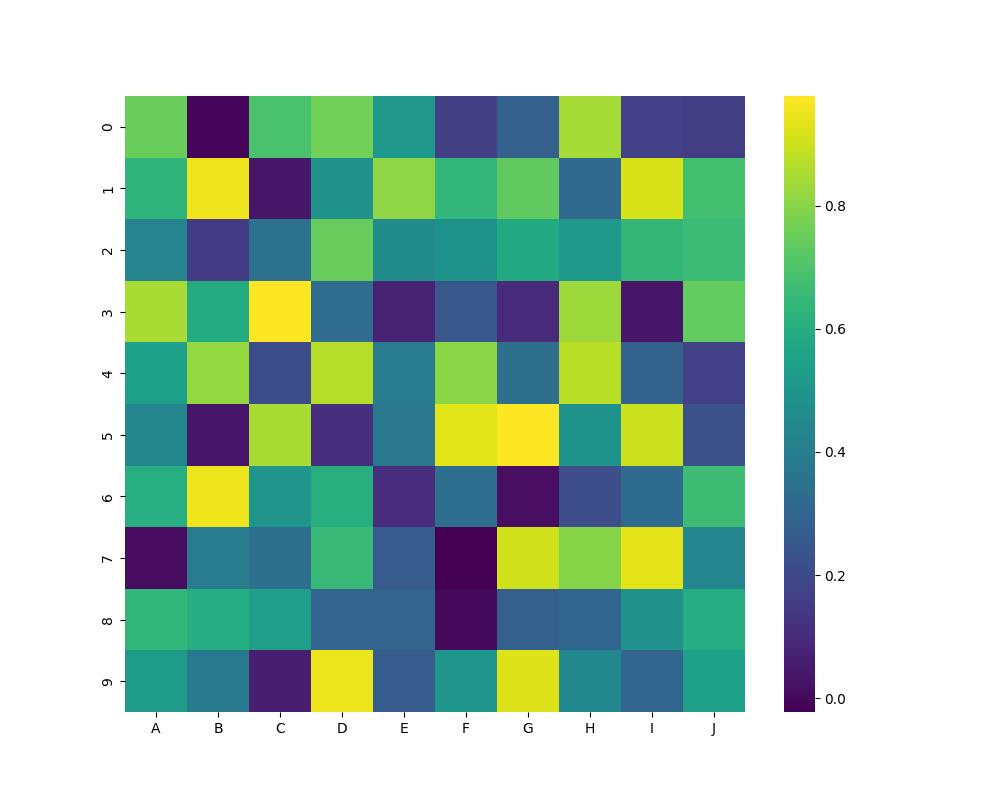
python, seaborn, heatmap, cmap='viridis', linewidths=0.0, center=none